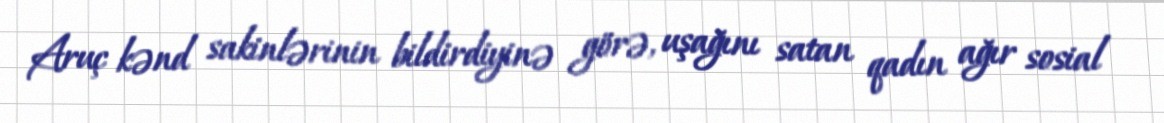
Aruç kənd sakinlərinin bildirdiyinə görə, uşağını satan qadın ağır sosial